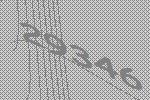
29346